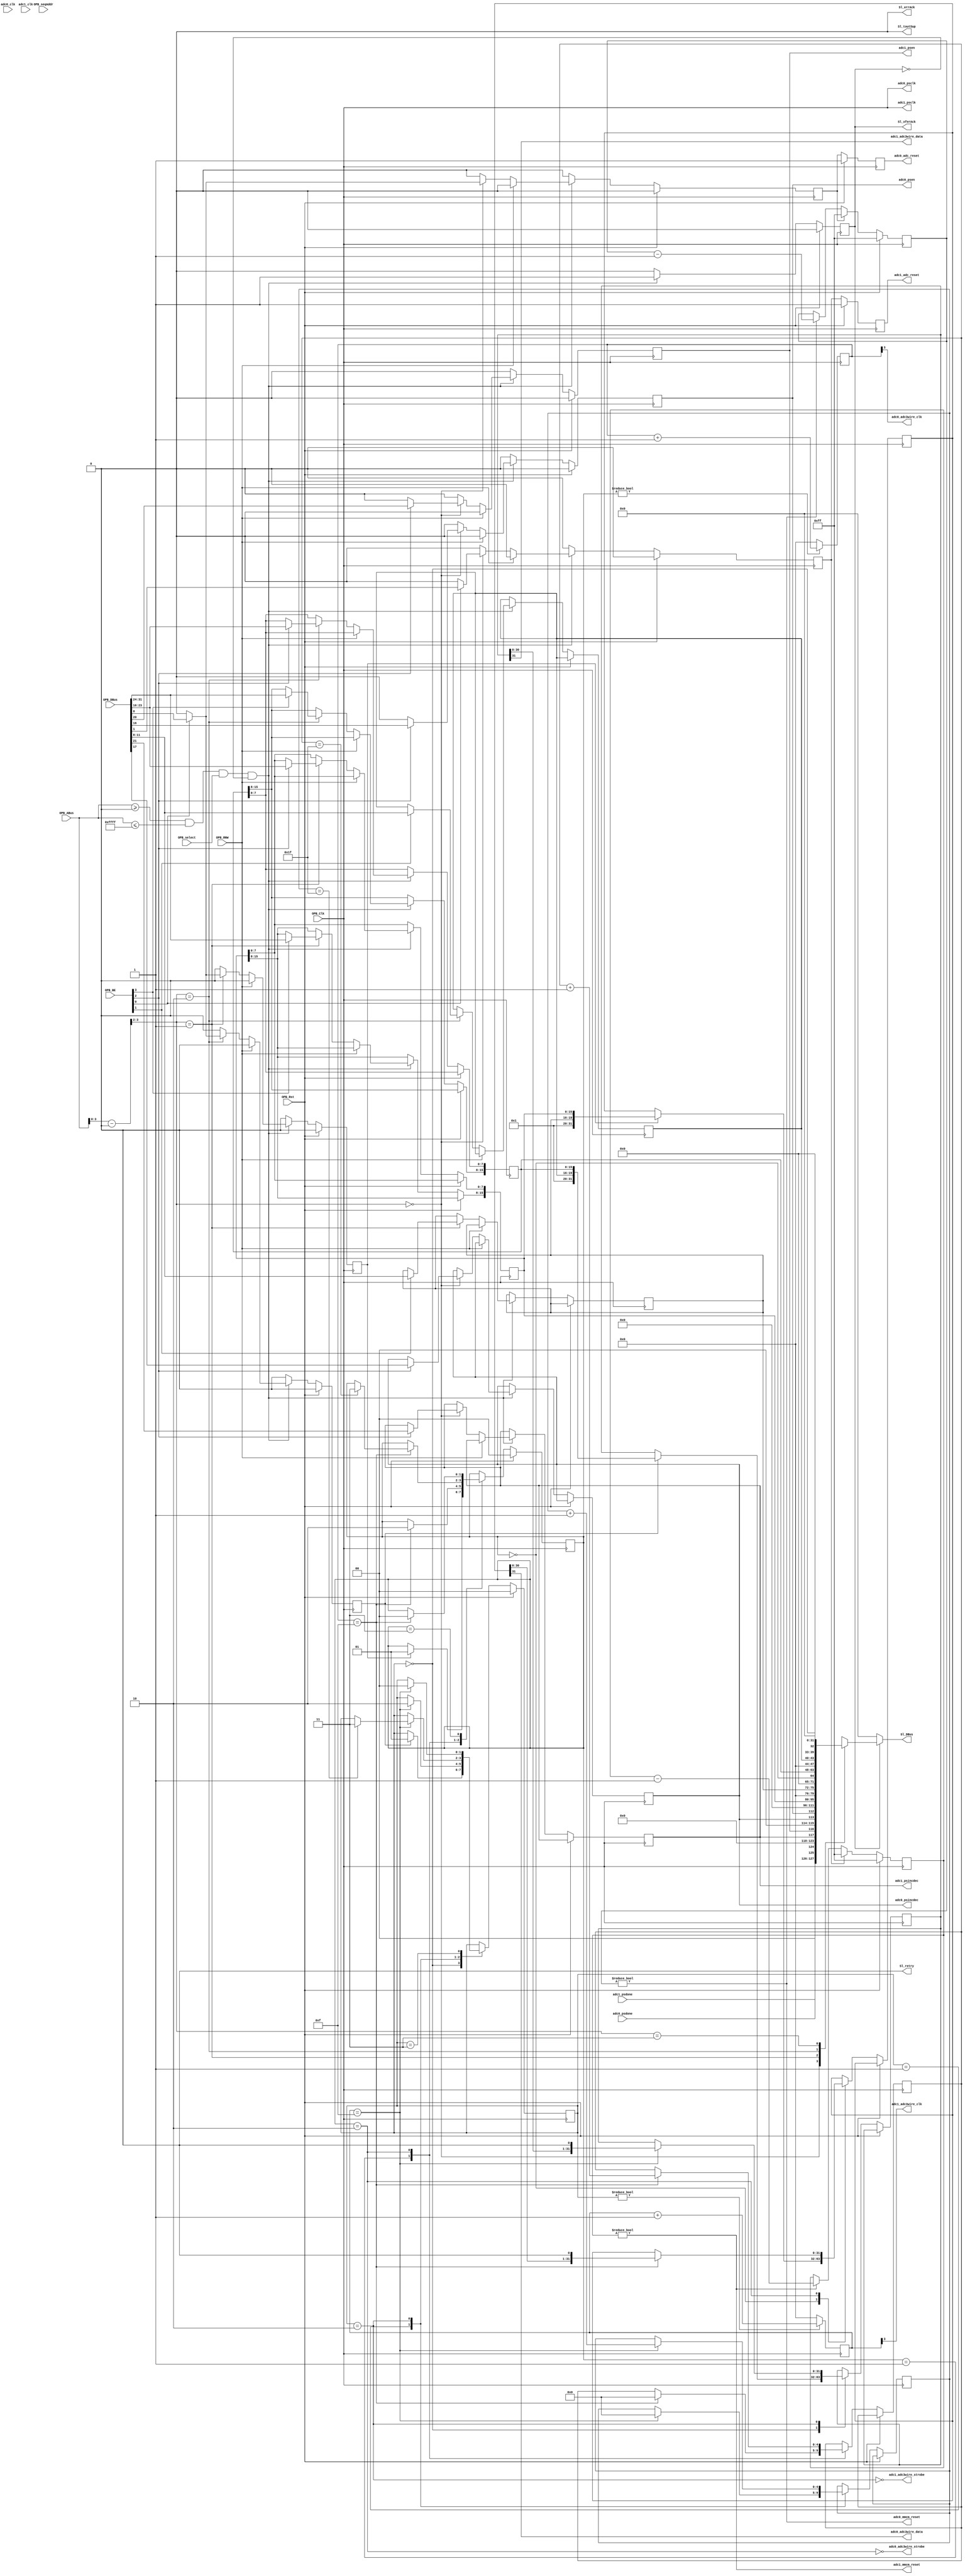
module opb_katadccontroller(
    input         OPB_Clk,
    input         OPB_Rst,
    output [0:31] Sl_DBus,
    output        Sl_errAck,
    output        Sl_retry,
    output        Sl_toutSup,
    output        Sl_xferAck,
    input  [0:31] OPB_ABus,
    input  [0:3]  OPB_BE,
    input  [0:31] OPB_DBus,
    input         OPB_RNW,
    input         OPB_select,
    input         OPB_seqAddr,

	  output        adc0_adc3wire_clk,
	  output        adc0_adc3wire_data,
	  output        adc0_adc3wire_strobe,
	  output        adc0_adc_reset,
	  output        adc0_mmcm_reset,
    output        adc0_psclk,
    output        adc0_psen,
    output        adc0_psincdec,
    input         adc0_psdone,
    input         adc0_clk,

	  output        adc1_adc3wire_clk,
	  output        adc1_adc3wire_data,
	  output        adc1_adc3wire_strobe,
	  output        adc1_adc_reset,
	  output        adc1_mmcm_reset,
    output        adc1_psclk,
    output        adc1_psen,
    output        adc1_psincdec,
    input         adc1_psdone,
    input         adc1_clk
  );
  parameter C_BASEADDR    = 32'h00000000;
  parameter C_HIGHADDR    = 32'h0000FFFF;
  parameter C_OPB_AWIDTH  = 32;
  parameter C_OPB_DWIDTH  = 32;
  parameter C_FAMILY      = "";

  /* TODO: implement AUTO configuration */
  parameter INTERLEAVED_0 = 0;
  parameter INTERLEAVED_1 = 0;
  parameter AUTOCONFIG_0  = 0;
  parameter AUTOCONFIG_1  = 0;

  /********* Global Signals *************/

  wire [15:0] adc0_config_data;
  wire  [3:0] adc0_config_addr;
  wire        adc0_config_start;
  wire        adc0_config_done;

  wire [15:0] adc1_config_data;
  wire  [3:0] adc1_config_addr;
  wire        adc1_config_start;
  wire        adc1_config_done;

  wire        adc0_reset;
  wire        adc1_reset;

  /************ OPB Logic ***************/

  wire addr_match = OPB_ABus >= C_BASEADDR && OPB_ABus <= C_HIGHADDR;
  wire [31:0] opb_addr = OPB_ABus - C_BASEADDR;

  reg opb_ack;

  /*** Registers ****/

  reg adc0_reset_reg;
  reg adc1_reset_reg;
  assign adc0_reset = adc0_reset_reg;
  assign adc1_reset = adc1_reset_reg;

  reg adc0_mmcm_psen_reg;
  reg adc0_mmcm_psincdec_reg;
  assign adc0_psen     = adc0_mmcm_psen_reg;
  assign adc0_psincdec = adc0_mmcm_psincdec_reg;
  assign adc0_psclk    = OPB_Clk;

  reg adc1_mmcm_psen_reg;
  reg adc1_mmcm_psincdec_reg;
  assign adc1_psen     = adc1_mmcm_psen_reg;
  assign adc1_psincdec = adc1_mmcm_psincdec_reg;
  assign adc1_psclk    = OPB_Clk;

  reg [15:0] adc0_config_data_reg;
  reg  [3:0] adc0_config_addr_reg;
  reg        adc0_config_start_reg;
  assign adc0_config_data  = adc0_config_data_reg;
  assign adc0_config_addr  = adc0_config_addr_reg;
  assign adc0_config_start = adc0_config_start_reg;

  reg [15:0] adc1_config_data_reg;
  reg  [3:0] adc1_config_addr_reg;
  reg        adc1_config_start_reg;
  assign adc1_config_data  = adc1_config_data_reg;
  assign adc1_config_addr  = adc1_config_addr_reg;
  assign adc1_config_start = adc1_config_start_reg;


  always @(posedge OPB_Clk) begin
    opb_ack <= 1'b0;
    
    adc0_reset_reg <= 1'b0;
    adc1_reset_reg <= 1'b0;

    adc0_mmcm_psen_reg <= 1'b0;
    adc1_mmcm_psen_reg <= 1'b0;

    adc0_config_start_reg <= 1'b0;
    adc1_config_start_reg <= 1'b0;

    if (OPB_Rst) begin
    end else begin
      if (addr_match && OPB_select && !opb_ack) begin
        opb_ack <= 1'b1;
        if (!OPB_RNW) begin
          case (opb_addr[3:2])
            0:  begin
              if (OPB_BE[3]) begin
                adc0_reset_reg <= OPB_DBus[31];
                adc1_reset_reg <= OPB_DBus[30];
              end
              if (OPB_BE[1]) begin
                adc0_mmcm_psen_reg <= OPB_DBus[15];
                adc1_mmcm_psen_reg <= OPB_DBus[11];
                adc0_mmcm_psincdec_reg <= OPB_DBus[14];
                adc1_mmcm_psincdec_reg <= OPB_DBus[10];
              end
            end
            1:  begin
              if (OPB_BE[3]) begin
                adc0_config_start_reg <= OPB_DBus[31];
              end
              if (OPB_BE[2]) begin
                adc0_config_addr_reg <= OPB_DBus[20:23];
              end
              if (OPB_BE[1]) begin
                adc0_config_data_reg[7:0] <= OPB_DBus[8:15];
              end
              if (OPB_BE[0]) begin
                adc0_config_data_reg[15:8] <= OPB_DBus[0:7];
              end
            end
            2:  begin
              if (OPB_BE[3]) begin
                adc1_config_start_reg <= OPB_DBus[31];
              end
              if (OPB_BE[2]) begin
                adc1_config_addr_reg <= OPB_DBus[20:23];
              end
              if (OPB_BE[1]) begin
                adc1_config_data_reg[7:0] <= OPB_DBus[8:15];
              end
              if (OPB_BE[0]) begin
                adc1_config_data_reg[15:8] <= OPB_DBus[0:7];
              end
            end
            3:  begin
            end
          endcase
        end
      end
    end
  end

  reg [31:0] opb_data_out;

  always @(*) begin
    case (opb_addr[3:2])
      0: opb_data_out <= {2'b0, adc1_psdone, adc0_psdone, 4'b0, 2'b0, adc1_mmcm_psincdec_reg, adc1_mmcm_psen_reg, 2'b0, adc0_mmcm_psincdec_reg, adc0_mmcm_psen_reg, 16'b0};
      1: opb_data_out <= {adc0_config_data_reg[15:8], adc0_config_data_reg[7:0], 4'b0, adc0_config_addr_reg, 7'b0, adc0_config_done};
      2: opb_data_out <= {adc1_config_data_reg[15:8], adc1_config_data_reg[7:0], 4'b0, adc1_config_addr_reg, 7'b0, adc1_config_done};
      3: opb_data_out <= {32'b0};
    endcase
  end

  assign Sl_DBus     = Sl_xferAck ? opb_data_out : 32'b0;
  assign Sl_errAck   = 1'b0;
  assign Sl_retry    = 1'b0;
  assign Sl_toutSup  = 1'b0;
  assign Sl_xferAck  = opb_ack;

  /********* DCM Reset Gen *********/


  reg [7:0] adc0_reset_counter;
  reg [7:0] adc1_reset_counter;

  reg adc0_reset_iob;
  reg adc1_reset_iob;
  // synthesis attribute IOB of adc0_reset_iob is TRUE
  // synthesis attribute IOB of adc1_reset_iob is TRUE

  always @(posedge OPB_Clk) begin

    if (OPB_Rst) begin
      adc0_reset_counter <= {8{1'b1}};
      adc1_reset_counter <= {8{1'b1}};
      adc0_reset_iob <= 1'b1;
      adc1_reset_iob <= 1'b1;
    end else begin
      adc0_reset_iob <= adc0_reset;
      adc1_reset_iob <= adc1_reset;
      if (adc0_reset_counter) begin
        adc0_reset_counter <= adc0_reset_counter - 1;
      end
      if (adc1_reset_counter) begin
        adc1_reset_counter <= adc1_reset_counter - 1;
      end
      if (adc0_reset) begin
        adc0_reset_counter <= {8{1'b1}};
      end
      if (adc1_reset) begin
        adc1_reset_counter <= {8{1'b1}};
      end
    end
  end

  assign adc0_mmcm_reset = adc0_reset_counter != 0;
  assign adc1_mmcm_reset = adc1_reset_counter != 0;
  assign adc0_adc_reset = adc0_reset_iob;
  assign adc1_adc_reset = adc1_reset_iob;

  /********* ADC0 configuration state machine *********/

  wire clk0_done;
  wire clk0_en;

  localparam CONFIG_IDLE      = 0;
  localparam CONFIG_CLKWAIT   = 1;
  localparam CONFIG_DATA      = 2;
  localparam CONFIG_FINISH    = 3;

  reg [1:0] adc0_state;

  reg [31:0] adc0_config_data_shift;

  reg [4:0] adc0_config_progress;

  always @(posedge OPB_Clk) begin
    if (OPB_Rst) begin
      adc0_state <= CONFIG_IDLE;
    end else begin
      case (adc0_state)
        CONFIG_IDLE: begin
          if (adc0_config_start) begin
            adc0_state <= CONFIG_CLKWAIT;
            adc0_config_data_shift <= {12'b1, adc0_config_addr, adc0_config_data};
          end
        end
        CONFIG_CLKWAIT: begin
          if (clk0_done) begin
            adc0_state <= CONFIG_DATA;
            adc0_config_progress <= 0;
          end
        end 
        CONFIG_DATA: begin
          if (clk0_done) begin
            adc0_config_data_shift <= adc0_config_data_shift << 1;
            adc0_config_progress <= adc0_config_progress + 1;
            if (adc0_config_progress == 31) begin
              adc0_state <= CONFIG_FINISH;
            end
          end
        end
        CONFIG_FINISH: begin
          if (clk0_done) begin
            adc0_state <= CONFIG_IDLE;
          end
        end
        default: begin
          adc0_state <= CONFIG_IDLE;
        end
      endcase
    end
  end

  assign adc0_config_done = adc0_state == CONFIG_IDLE;
  
  /* Clock Control */

  reg [3:0] clk0_counter;
  always @(posedge OPB_Clk) begin
    if (clk0_en) begin
      clk0_counter <= clk0_counter + 1;
    end else begin
      clk0_counter <= 4'b0;
    end
  end
  assign clk0_done = clk0_counter == 4'b1111;
  assign clk0_en   = adc0_state != CONFIG_IDLE;

  assign adc0_adc3wire_strobe = !(adc0_state == CONFIG_DATA);
  assign adc0_adc3wire_data   = adc0_config_data_shift[31];
  assign adc0_adc3wire_clk    = clk0_counter[3];

  /********* ADC1 configuration state machine *********/

  wire clk1_done;
  wire clk1_en;

  reg [1:0] adc1_state;

  reg [31:0] adc1_config_data_shift;

  reg [4:0] adc1_config_progress;

  always @(posedge OPB_Clk) begin
    if (OPB_Rst) begin
      adc1_state <= CONFIG_IDLE;
    end else begin
      case (adc1_state)
        CONFIG_IDLE: begin
          if (adc1_config_start) begin
            adc1_state <= CONFIG_CLKWAIT;
            adc1_config_data_shift <= {12'b1, adc1_config_addr, adc1_config_data};
          end
        end
        CONFIG_CLKWAIT: begin
          if (clk1_done) begin
            adc1_state <= CONFIG_DATA;
            adc1_config_progress <= 0;
          end
        end 
        CONFIG_DATA: begin
          if (clk1_done) begin
            adc1_config_data_shift <= adc1_config_data_shift << 1;
            adc1_config_progress <= adc1_config_progress + 1;
            if (adc1_config_progress == 31) begin
              adc1_state <= CONFIG_FINISH;
            end
          end
        end
        CONFIG_FINISH: begin
          if (clk1_done) begin
            adc1_state <= CONFIG_IDLE;
          end
        end
        default: begin
          adc1_state <= CONFIG_IDLE;
        end
      endcase
    end
  end

  assign adc1_config_done = adc1_state == CONFIG_IDLE;

  /* Clock Control */

  reg [3:0] clk1_counter;
  always @(posedge OPB_Clk) begin
    if (clk1_en) begin
      clk1_counter <= clk1_counter + 1;
    end else begin
      clk1_counter <= 4'b0;
    end
  end
  assign clk1_done = clk1_counter == 4'b1111;
  assign clk1_en   = adc1_state != CONFIG_IDLE;

  assign adc1_adc3wire_strobe = !(adc1_state == CONFIG_DATA);
  assign adc1_adc3wire_data   = adc1_config_data_shift[31];
  assign adc1_adc3wire_clk    = clk1_counter[3];

endmodule